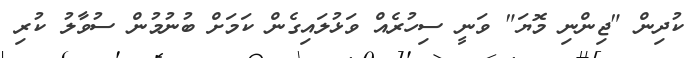
ކުދިން "ޖިންނި މޮޔަ" ވަނީ ސިހުރެއް ވަޅުލައިގެން ކަމަށް ބުނުމުން ސުވާލު ކުރި